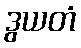
ဒွယတံ